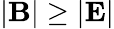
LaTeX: |\textbf{B}|\geq|\textbf{E}|